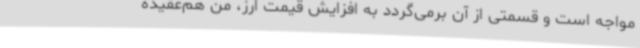
مواجه است و قسمتی از آن برمی‌گردد به افزایش قیمت ارز، من هم‌عقیده